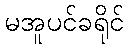
မအူပင်ခရိုင်